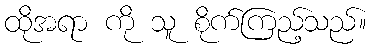
ထိုအရာ ကို သူ စိုက်ကြည့်သည်။